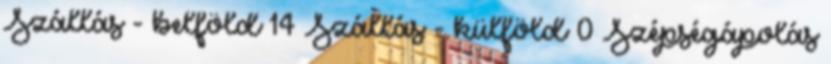
Szállás - belföld 14 Szállás - külföld 0 Szépségápolás